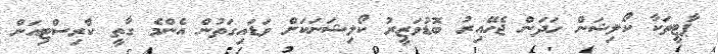
ޕާޓީތަކާ ކޯލިޝަން ހަދަން ޖެހޭއިރު ބޮޑުވަޒީރު ކޯލިޝަނަކަށް ވަޑައިގަތުން އެންމެ ގާތީ ކްރިސްޓިއަން